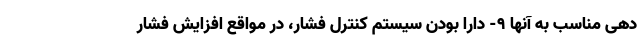
دهی مناسب به آنها 9- دارا بودن سیستم کنترل فشار، در مواقع افزایش فشار